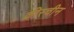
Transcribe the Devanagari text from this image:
क्रीस्चीन